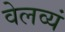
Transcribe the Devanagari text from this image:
वेलव्यं